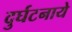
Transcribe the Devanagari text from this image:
दुर्घटनाये